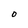
Character: O